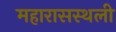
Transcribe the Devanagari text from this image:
महारासस्थली